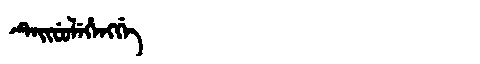
Manchu: ᡨᡝᡳᠸᡠᠯᡝᡥᡝᠩᡤᡝ
Romanization: TEIFULEHENGGE